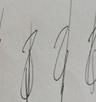
Signature authenticity: genuine